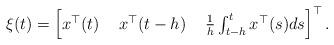
LaTeX: \begin{align*}\xi(t) = \left[ \begin{matrix} x^{\top}(t) & \ x^{\top}(t-h) \ & \frac{1}{h} \int_{t-h}^t x^{\top}(s)ds \end{matrix} \right]^{\top}.\end{align*}